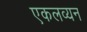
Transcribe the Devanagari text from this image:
एकलव्यन